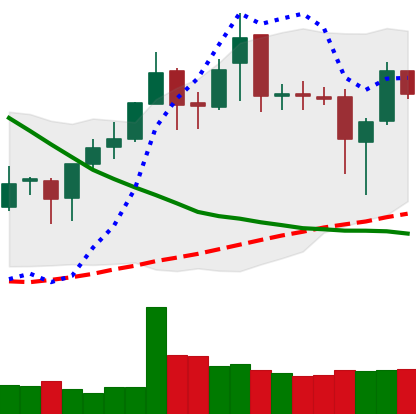
Ticker: XMR-USD
Chart end date: 2019-03-28
Forward return: 28.128%
Label: up_7plus